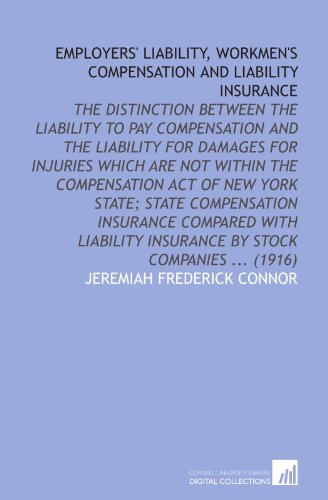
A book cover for Employers' Liability, Workmen's Compensation and Liability Insurance: The Distinction Between the Liability to Pay Compensation and the Liability for ... Insurance by Stock Companies ... (1916); Jeremiah Frederick Connor; Business & Money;